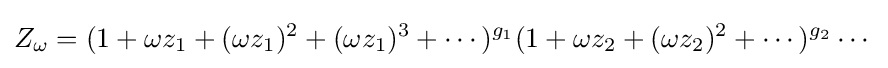
Z_{\omega }=(1+\omega z_{1}+(\omega z_{1})^{2}+(\omega z_{1})^{3}+\cdots )^{g_{1}}(1+\omega z_{2}+(\omega z_{2})^{2}+\cdots )^{g_{2}}\cdots